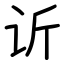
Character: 䜣